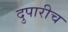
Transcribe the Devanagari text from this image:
दुपारीच